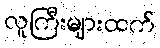
လူကြီးများထက်